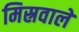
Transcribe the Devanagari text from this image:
मिस्रवाले